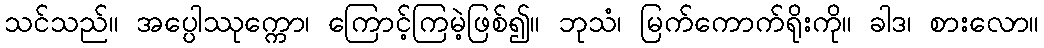
သင်သည်။ အပ္ပေါဿုက္ကော၊ ကြောင့်ကြမဲ့ဖြစ်၍။ ဘုသံ၊ မြက်ကောက်ရိုးကို။ ခါဒ၊ စားလော။